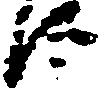
え